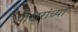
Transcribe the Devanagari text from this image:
पाखरांच्या